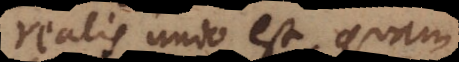
realis unio est, quam